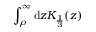
\int _ { \rho } ^ { \infty } \mathrm { d } z { K } _ { \frac { 1 } { 3 } } ( z )